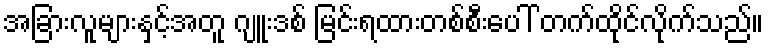
အခြားလူများနှင့်အတူ ဂျူးဒစ် မြင်းရထားတစ်စီးပေါ် တက်ထိုင်လိုက်သည်။